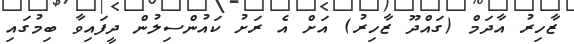
ޒާހިރު އާދަމް (ގައްދޫ ޒާހިރު) އަށް އެ ރަށު ކައުންސިލުން ދީފައިވާ ބިމުގައި